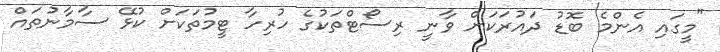
"މީގައި އެންމެ ބޮޑު ދައުރަކަށް ވާނީ ރިސޯޓްތަކުގެ ހުރިހާ ޓީމުތަކަށް ކުޅޭ ސާމާނުތައް